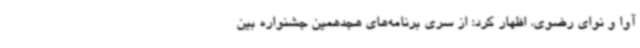
آوا و نوای رضوی، اظهار کرد: از سری برنامه‌های هجدهمین جشنواره بین